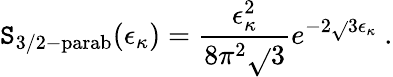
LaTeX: \mathtt{S}_{\mathrm{{3/2-parab}}}(\epsilon_{\kappa})=\frac{{\epsilon_{\kappa}^{2}}}{{8\pi^{2}\sqrt{}{{3}}}}e^{-2\sqrt{}{{3}}\epsilon_{\kappa}}~.